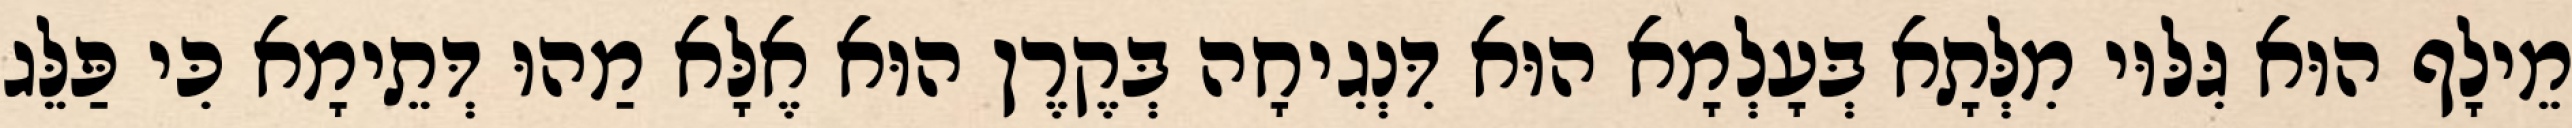
מֵילָף הוּא גִּלּוּי מִלְּתָא בְּעָלְמָא הוּא דִּנְגִיחָה בְּקֶרֶן הוּא אֶלָּא מַהוּ דְּתֵימָא כִּי פַּלֵּג